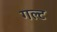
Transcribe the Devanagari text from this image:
गल्ट